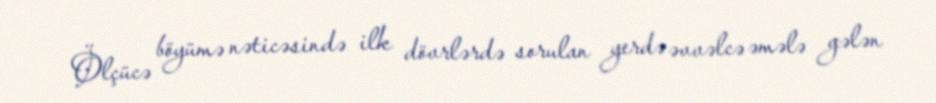
Ölçücə böyümə nəticəsində ilk dövrlərdə sorulan yerdə əvvəlcə əmələ gələn